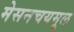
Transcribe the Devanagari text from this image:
मेसनचयमूल